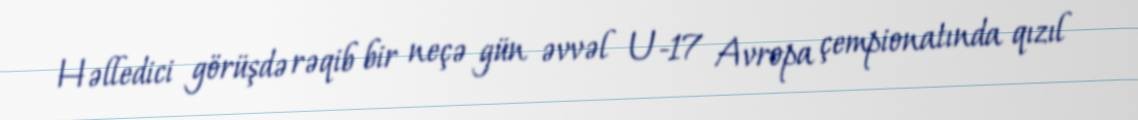
Həlledici görüşdə rəqib bir neçə gün əvvəl U-17 Avropa çempionatında qızıl